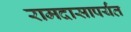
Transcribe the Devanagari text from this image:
रामदासापर्यंत